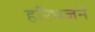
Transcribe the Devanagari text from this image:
हरिभजने